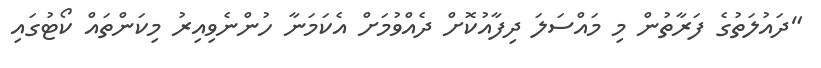
"ދައުލަތުގެ ފަރާތުން މި މައްސަލަ ދިފާއުކޮށް ދެއްވުމަށް އެކަމަނާ ހުންނެވިއިރު މިކަންތައް ކޯޓުގައި